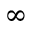
\infty